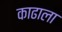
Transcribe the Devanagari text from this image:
काढाला